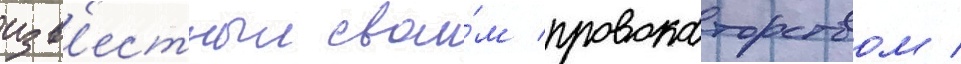
изв'естныи свои́м провокаторством /